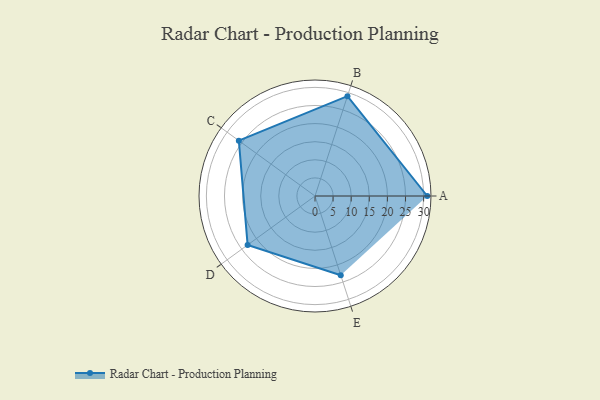
{"axis": {"x": "Skill", "y": "Score"}, "legend": ["Profile"], "data": [{"x": "A", "y": 31.0, "type": "Profile"}, {"x": "B", "y": 29.0, "type": "Profile"}, {"x": "C", "y": 26.0, "type": "Profile"}, {"x": "D", "y": 23.0, "type": "Profile"}, {"x": "E", "y": 23.0, "type": "Profile"}]}